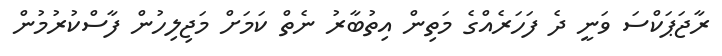
ރާޖަޕަކްސަ ވަނީ ދެ ފަހަރެއްގެ މަތިން އިތުބާރު ނެތް ކަމަށް މަޖިލިހުން ފާސްކުރުމުން